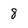
Character: 8